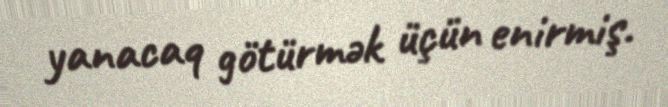
yanacaq götürmək üçün enirmiş.